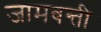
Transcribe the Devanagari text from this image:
जामवन्ती